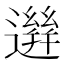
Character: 𨗙